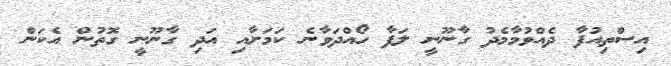
އިސްތިއުފާ ދެއްވުމާމެދު ގާނޫނީ ލަފާ ހޯއްދަވާނެ ކަމަށާއި އަދި ގާނޫނީ ގޮތުން އެކަން